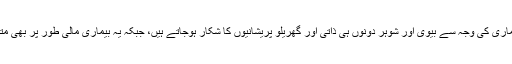
کیونکہ اس بیماری کی وجہ سے بیوی اور شوہر دونوں ہی ذاتی اور گھریلو پریشانیوں کا شکار ہوجاتے ہیں، جبکہ یہ بیماری مالی طور پر بھی متاثر کرتی ہے۔